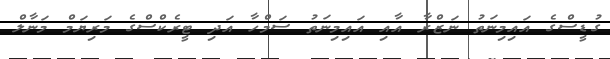
ގުޑީސްގެ އައިމިނަތު ނަޒްރާ އާއި އައިމިނަތު ސަމްހާ އަދި ޓީރެކްސްގެ މަރިޔަމް މަނާލް